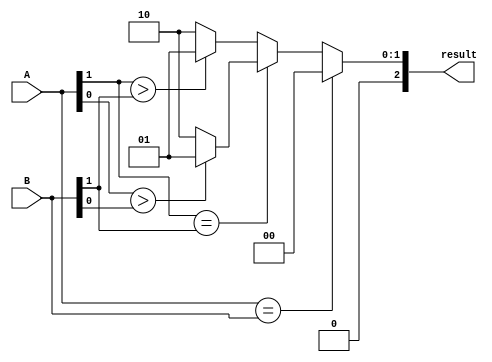
module two_bit_comparator (
  input [1:0] A,
  input [1:0] B,
  output reg [2:0] result
);

  always @* begin
    if (A == B) begin
      result = 3'b000; // equal
    end else begin
      if (A[1] == B[1]) begin
        if (A[0] > B[0]) begin
          result = 3'b001; // greater than
        end else begin
          result = 3'b010; // less than
        end
      end else begin
        if (A[1] > B[1]) begin
          result = 3'b001; // greater than
        end else begin
          result = 3'b010; // less than
        end
      end
    end
  end

endmodule